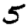
Digit: 5